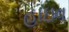
હાઇવ